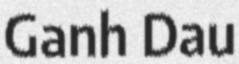
Ganh Dau